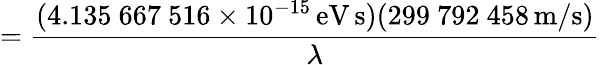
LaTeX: ={\frac{(4.135\ 667\ 516\times 10^{-15}\, {\mathrm{eV}}\, {\mathrm{s}})(299\ 792\ 458\, {\mathrm{m/s}})}{\lambda}}